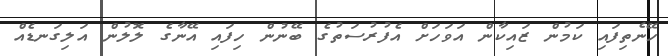
ހޭނެތިފައި ކަމުން ޒައިކާން އަވަހަށް އެފުރުސަތުގެ ބޭނުން ހިފައި އޭނާގެ ލޮލުން އަލިގަނޑެއް